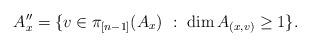
LaTeX: \begin{align*}A''_x = \{ v \in \pi_{[n-1]}(A_x) \ : \ \dim A_{(x,v)} \geq 1\}.\end{align*}